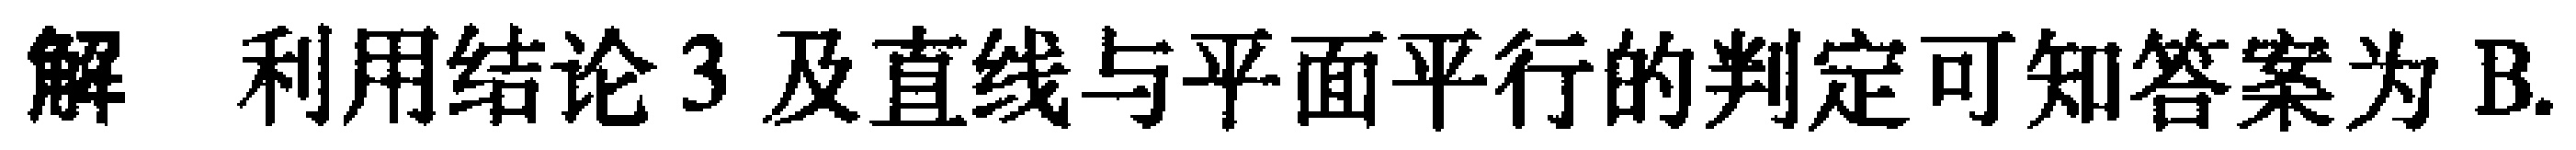
解 利用结论3 及直线与平面平行的判定可知答案为B.